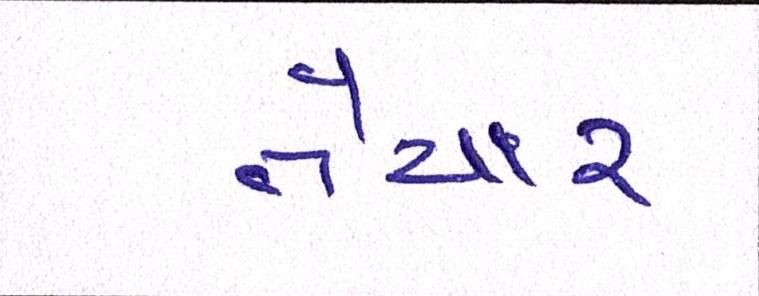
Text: તૈયાર